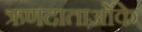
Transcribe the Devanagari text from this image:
ऋणदाताओंके